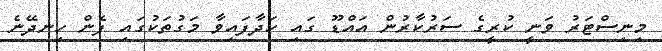
މިނިސްޓަރު ވަނީ ކުރީގެ ސަރުކާރުން އައްޑޫ ގައި ހަދާފައިވާ މަގުތަކުގައި ފެން ހިނދޭނެ